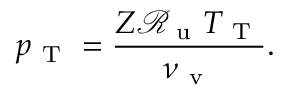
p _ { \mathrm { ~ T ~ } } = \frac { Z \mathcal { R } _ { \mathrm { ~ u ~ } } T _ { \mathrm { ~ T ~ } } } { \nu _ { \mathrm { ~ v ~ } } } .